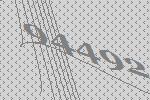
94492